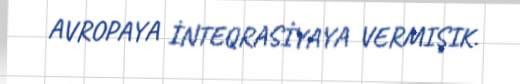
AVROPAYA İNTEQRASİYAYA VERMIŞIK.